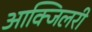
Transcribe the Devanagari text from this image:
आक्जिलरी